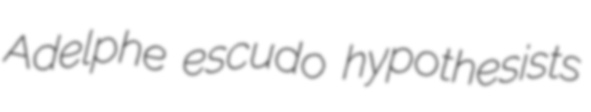
Adelphe escudo hypothesists